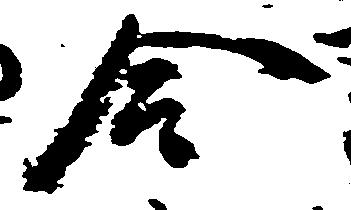
合